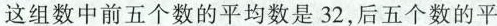
这组数中前五个数的平均数是32，后五个数的平